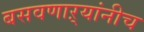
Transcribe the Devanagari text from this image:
बसवणाऱ्यांनीच